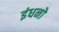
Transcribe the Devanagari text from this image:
इंधनो